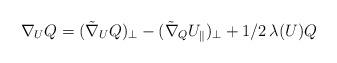
LaTeX: \begin{align*}{\nabla_U}Q = (\tilde{\nabla}_U Q)_\perp - (\tilde{\nabla}_QU_\parallel)_\perp + 1/2 \, \lambda (U) Q \end{align*}